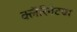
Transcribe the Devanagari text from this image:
क्लॅरिनेटचा